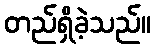
တည်ရှိခဲ့သည်။